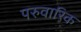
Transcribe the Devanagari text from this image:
परुवारिक